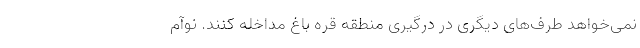
نمی‌خواهد طرف‌های دیگری در درگیری منطقه قره باغ مداخله کنند. نوآم